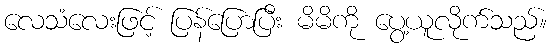
လေသံလေးဖြင့် ပြန်ပြောပြီး မိမိကို ပွေ့ယူလိုက်သည်။